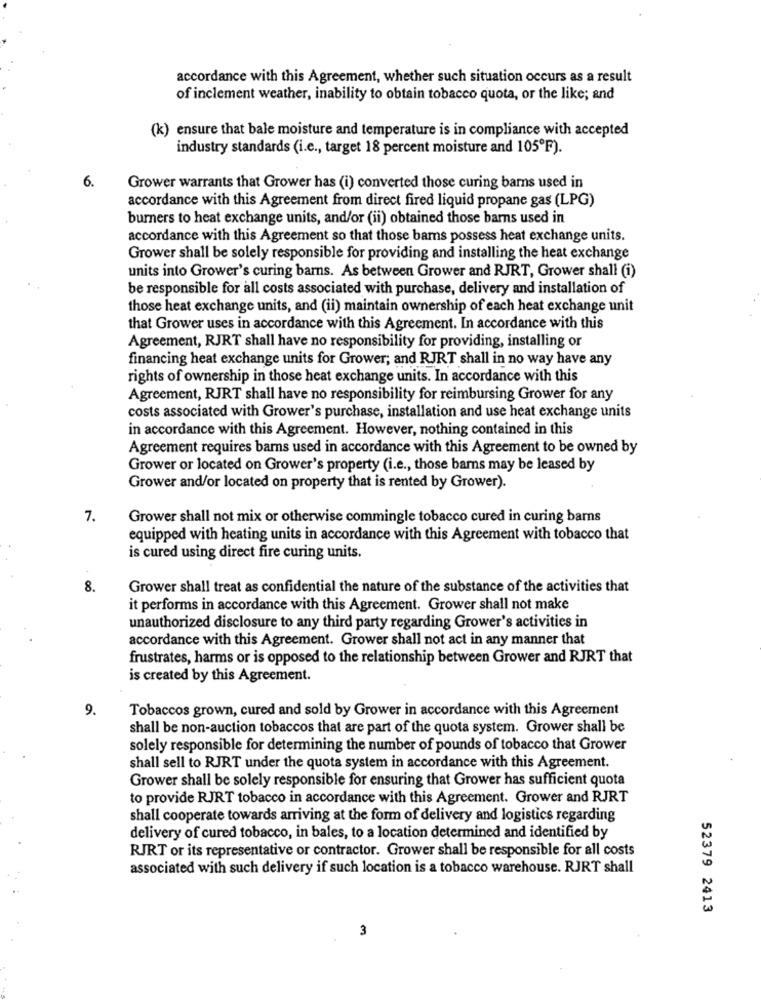
accordance with this Agreement, whether such situation occurs as a result
of inclement weather, inability to obtain tobacco quota, or the like; and
(k) ensure that bale moisture and temperature is in compliance with accepted
industry standards (i.e ., target 18 percent moisture and 105ºF).
6.
Grower warrants that Grower has (i) converted those curing barns used in
accordance with this Agreement from direct fired liquid propane gas (LPG)
burners to heat exchange units, and/or (ii) obtained those barns used in
accordance with this Agreement so that those bams possess heat exchange units.
Grower shall be solely responsible for providing and installing the heat exchange
units into Grower's curing barns. As between Grower and RJRT, Grower shall (i)
be responsible for all costs associated with purchase, delivery and installation of
those heat exchange units, and (ii) maintain ownership of each heat exchange unit
that Grower uses in accordance with this Agreement. In accordance with this
Agreement, RJRT shall have no responsibility for providing, installing or
financing heat exchange units for Grower; and RJRT shall in no way have any
rights of ownership in those heat exchange units. In accordance with this
Agreement, RJRT shall have no responsibility for reimbursing Grower for any
costs associated with Grower's purchase, installation and use heat exchange units
in accordance with this Agreement. However, nothing contained in this
Agreement requires barns used in accordance with this Agreement to be owned by
Grower or located on Grower's property (i.e ., those barns may be leased by
Grower and/or located on property that is rented by Grower).
7.
Grower shall not mix or otherwise commingle tobacco cured in curing barns
equipped with heating units in accordance with this Agreement with tobacco that
is cured using direct fire curing units.
8.
Grower shall treat as confidential the nature of the substance of the activities that
it performs in accordance with this Agreement. Grower shall not make
unauthorized disclosure to any third party regarding Grower's activities in
accordance with this Agreement. Grower shall not act in any manner that
frustrates, harms or is opposed to the relationship between Grower and RJRT that
is created by this Agreement.
9.
Tobaccos grown, cured and sold by Grower in accordance with this Agreement
shall be non-auction tobaccos that are part of the quota system. Grower shall be
solely responsible for determining the number of pounds of tobacco that Grower
shall sell to RJRT under the quota system in accordance with this Agreement.
Grower shall be solely responsible for ensuring that Grower has sufficient quota
to provide RJRT tobacco in accordance with this Agreement. Grower and RJRT
shall cooperate towards arriving at the form of delivery and logistics regarding
delivery of cured tobacco, in bales, to a location determined and identified by
RJRT or its representative or contractor. Grower shall be responsible for all costs
associated with such delivery if such location is a tobacco warehouse. RJRT shall
52379 2413
3